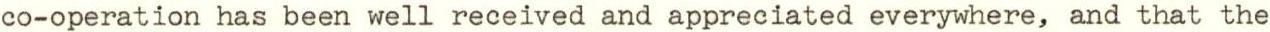
co-operation has been well received and appreciated everywhere, and that the